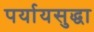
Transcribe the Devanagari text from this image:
पर्यायसुद्धा